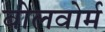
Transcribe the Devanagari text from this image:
बोलवोर्म